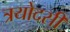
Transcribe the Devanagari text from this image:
त्रयोदसी